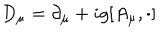
D _ { \mu } = \partial _ { \mu } + i g [ A _ { \mu } , \cdot ]